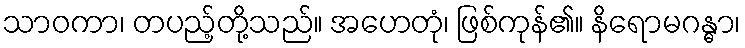
သာဝကာ၊ တပည့်တို့သည်။ အဟေတုံ၊ ဖြစ်ကုန်၏။ နိရောမဂန္ဓာ၊